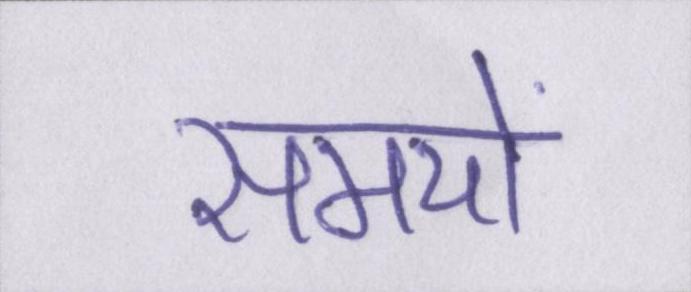
समयों